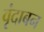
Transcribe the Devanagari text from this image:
वृंदाबन